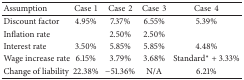
| Assumption | Case1 | Case2 | Case3 | Case4 |
 | --- | --- | --- | --- | --- |
 | Discount factor | 4.95% | 7.37% | 6.55% | 5.39% |
 | Inflation rate |  | 2.50% | 2.50% |  |
 | Interest rate | 3.50% | 5.85% | 5.85% | 4.48% |
 | Wage increase rate | 6.15% | 3.79% | 3.68% | Standard* + 3.33% |
 | Change of liability | 22.38% | −51.36% | N/A | 6.21% |